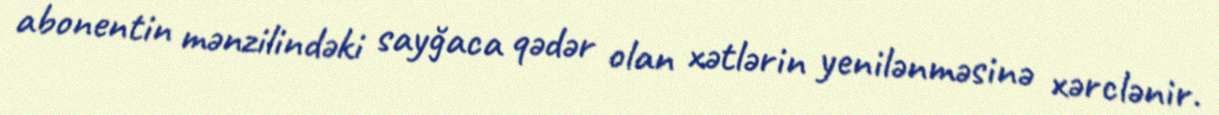
abonentin mənzilindəki sayğaca qədər olan xətlərin yenilənməsinə xərclənir.